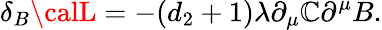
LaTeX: \delta_{B}{\calL}=-(d_{2}+1)\lambda\partial_{\mu}{\cal\mathbb{C}}\partial^{\mu}B.